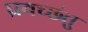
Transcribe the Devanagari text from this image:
प्रयच्छंतु